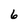
Character: 6